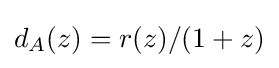
d_{A}(z)=r(z)/(1+z)